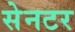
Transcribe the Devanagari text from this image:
सेनटर